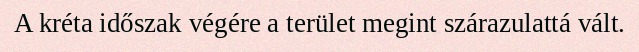
A kréta időszak végére a terület megint szárazulattá vált.